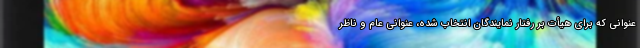
عنوانی که برای هیأت بر رفتار نمایندگان انتخاب شده، عنوانی عام و ناظر